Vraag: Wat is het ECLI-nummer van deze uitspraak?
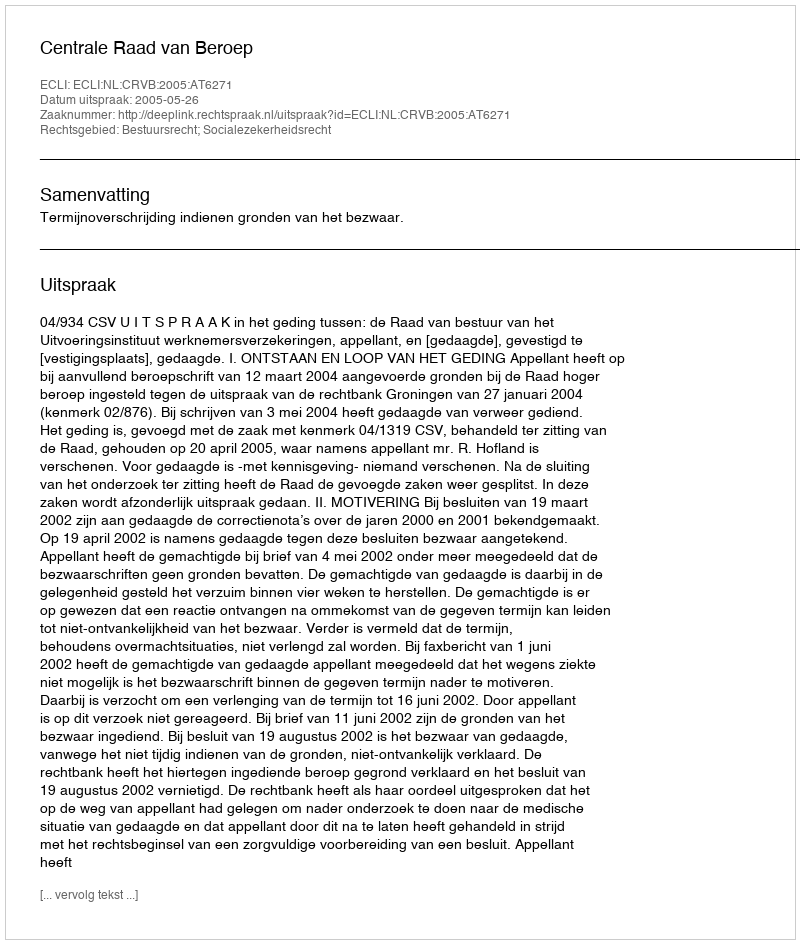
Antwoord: ECLI:NL:CRVB:2005:AT6271